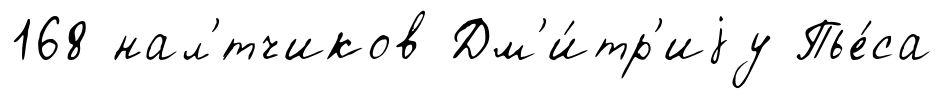
168 нал'́тчиков Дм'и́тр'иjу Пье́са